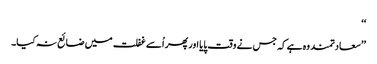
‘‘
’’سعادتمند وہ ہے کہ جس نے وقت پایا اور پھر اُسے غفلت میں ضائع نہ کیا۔